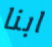
ابنا